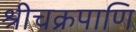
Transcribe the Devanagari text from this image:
श्रीचक्रपाणि